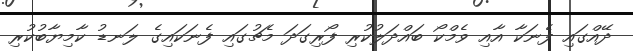
ދޭއްގައި ފެނަކާ އާއި ވެމްކޯ ބައްދަލުކުރި ފޯރިގަދަ މެޗުގައި ފެނަކައިގެ ލަނޑު ކާމިޔާބުކުރި